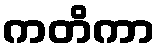
ကတိကာ